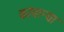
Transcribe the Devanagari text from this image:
कांपान्या